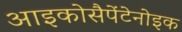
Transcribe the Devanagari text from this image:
आइकोसैपेंटेनोइक